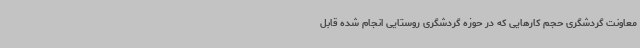
معاونت گردشگری حجم کارهایی که در حوزه گردشگری روستایی انجام شده قابل